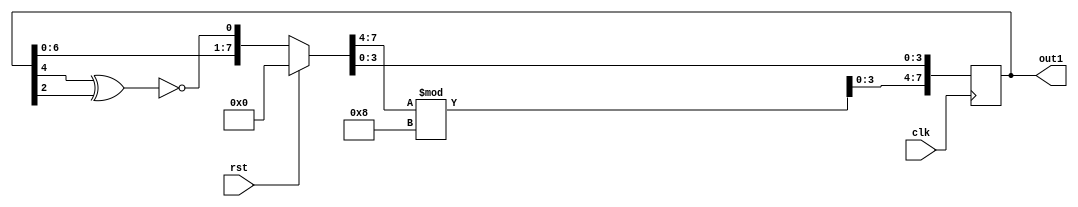
`timescale 1ns / 1ps
//////////////////////////////////////////////////////////////////////////////////
// Module Name:    lfsr7 
// Project Name:
// Target Devices:
// Tool versions:
// Description:
//
// Dependencies:
//
// Revision:
// Revision 0.01 - File Created
// Additional Comments:
//
//////////////////////////////////////////////////////////////////////////////////
module lfsr7 (out1, clk, rst);

  output reg [7:0] out1;
  input clk, rst;

  wire feedback;

  assign feedback = ~(out1[4] ^ out1[2]);

always @(posedge clk)
  begin
    if (rst)
      out1 = 8'b0;
    else
      out1 = {out1[6:0],feedback};
      out1[7:4] = out1[7:4]%8;
  end
endmodule